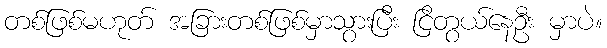
တစ်ဖြစ်မဟုတ် အခြားတစ်ဖြစ်မှာသွားပြီး ငြိတွယ်နေဦး မှာပဲ။